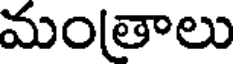
మంతాలు